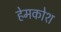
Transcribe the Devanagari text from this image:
हेमकोश